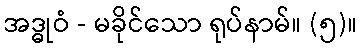
အဒ္ဓုဝံ - မခိုင်သော ရုပ်နာမ်။ (၅)။